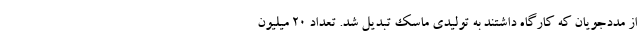
از مددجویان که کارگاه داشتند به تولیدی ماسک تبدیل شد. تعداد ۲۰ میلیون